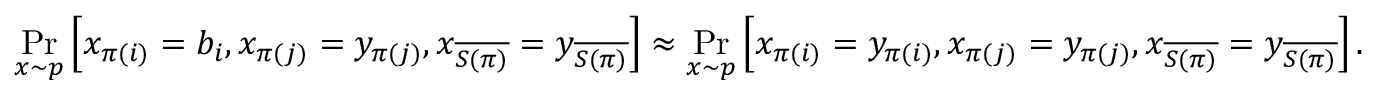
\operatorname* { P r } _ { x \sim p } \left[ x _ { \pi ( i ) } = b _ { i } , x _ { \pi ( j ) } = y _ { \pi ( j ) } , x _ { \overline { { S ( \pi ) } } } = y _ { \overline { { S ( \pi ) } } } \right] \approx \operatorname* { P r } _ { x \sim p } \left[ x _ { \pi ( i ) } = y _ { \pi ( i ) } , x _ { \pi ( j ) } = y _ { \pi ( j ) } , x _ { \overline { { S ( \pi ) } } } = y _ { \overline { { S ( \pi ) } } } \right] .